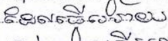
ដែលធ្វើអោយ